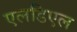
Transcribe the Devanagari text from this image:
एलडिएल